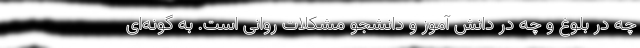
چه در بلوغ و چه در دانش آموز و دانشجو مشکلات روانی است. به گونه‌ای